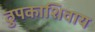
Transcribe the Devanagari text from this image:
ठुपकाशिवाय